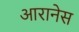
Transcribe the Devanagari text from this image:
आरानेस